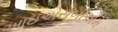
આઇએસબીએમ